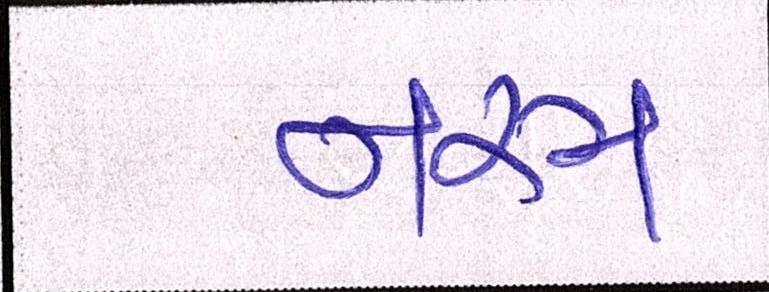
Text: નરમ